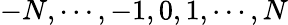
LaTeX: -N,\cdots,-1,0,1,\cdots,N